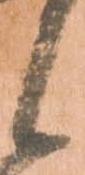
候